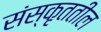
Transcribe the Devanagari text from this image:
संस्कृततील